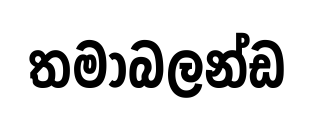
තමාබලන්ඩ